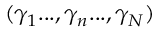
( \gamma _ { 1 } . . . , \gamma _ { n } . . . , \gamma _ { N } )